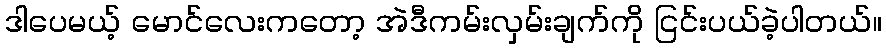
ဒါပေမယ့် မောင်လေးကတော့ အဲဒီကမ်းလှမ်းချက်ကို ငြင်းပယ်ခဲ့ပါတယ်။